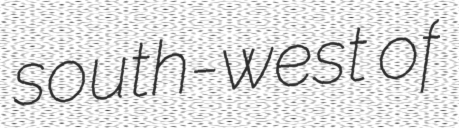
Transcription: south-west of